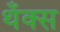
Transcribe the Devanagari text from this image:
थँक्स